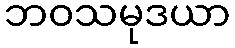
ဘဝသမုဒယာ